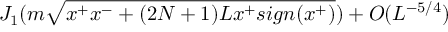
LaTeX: J _ { 1 } ( m \sqrt { x ^ { + } x ^ { - } + ( 2 N + 1 ) L x ^ { + } s i g n ( x ^ { + } ) } ) + O ( L ^ { - 5 / 4 } )